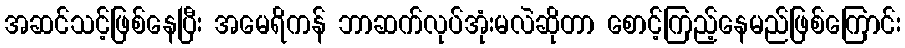
အဆင်သင့်ဖြစ်နေပြီး အမေရိကန် ဘာဆက်လုပ်အုံးမလဲဆိုတာ စောင့်ကြည့်နေမည်ဖြစ်ကြောင်း